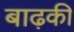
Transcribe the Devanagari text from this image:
बाढ़की